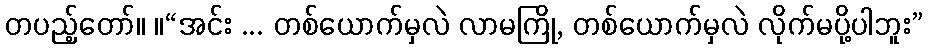
တပည့်တော်။ ။“အင်း ... တစ်ယောက်မှလဲ လာမကြို, တစ်ယောက်မှလဲ လိုက်မပို့ပါဘူး”